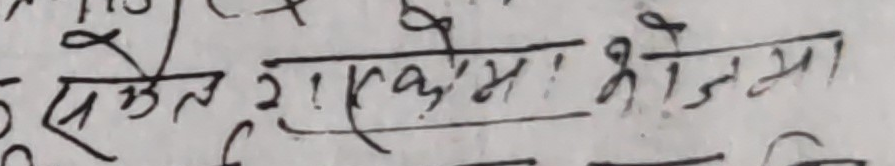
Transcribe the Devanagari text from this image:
सक्तै ग एकः भोजनमा